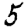
Digit: 5